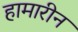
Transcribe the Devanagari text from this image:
हामारीन